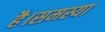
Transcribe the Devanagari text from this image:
है।समस्या